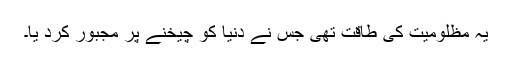
یہ مظلومیت کی طاقت تھی جس نے دنیا کو چیخنے پر مجبور کرد یا۔